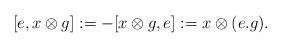
LaTeX: \begin{align*}[e,x\otimes g]:=-[x\otimes g,e]:=x\otimes(e.g).\end{align*}